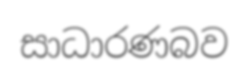
සාධාරණබව